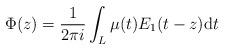
LaTeX: \begin{align*}\Phi(z) = \frac{1}{2\pi i} \int_{L} \mu(t)E_1(t-z) \textrm{d}t \end{align*}